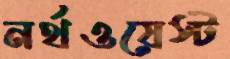
নর্থওয়েস্ট